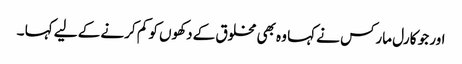
اور جو کارل مارکس نے کہا وہ بھی مخلوق کے دکھوں کو کم کرنے کے لیے کہا ۔